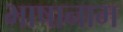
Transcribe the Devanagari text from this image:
भाषानाम